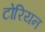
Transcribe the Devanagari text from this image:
टोरियन